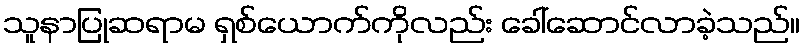
သူနာပြုဆရာမ ရှစ်ယောက်ကိုလည်း ခေါ်ဆောင်လာခဲ့သည်။